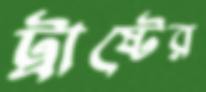
ট্রাষ্টের